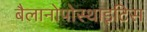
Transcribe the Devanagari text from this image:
बैलानोपोस्थाइटिस